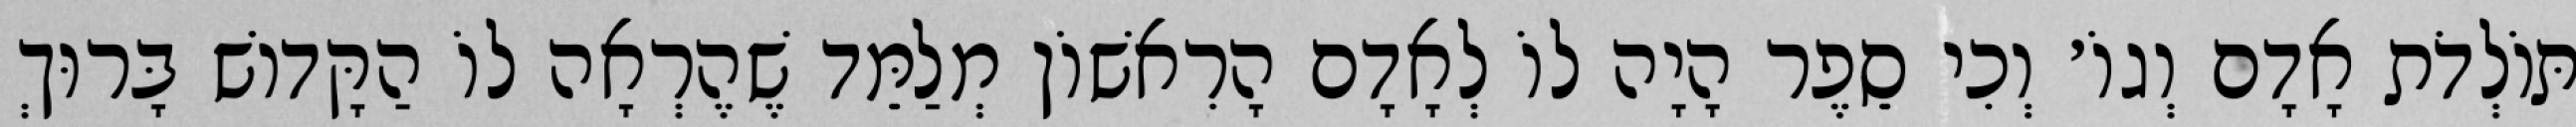
תּוֹלְדֹת אָדָם וְגוֹ׳ וְכִי סֵפֶר הָיָה לוֹ לְאָדָם הָרִאשׁוֹן מְלַמֵּד שֶׁהֶרְאָה לוֹ הַקָּדוֹשׁ בָּרוּךְ